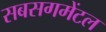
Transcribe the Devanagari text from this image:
सबसगमेंटल